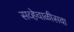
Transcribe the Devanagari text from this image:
सव्हेचाळीसवा